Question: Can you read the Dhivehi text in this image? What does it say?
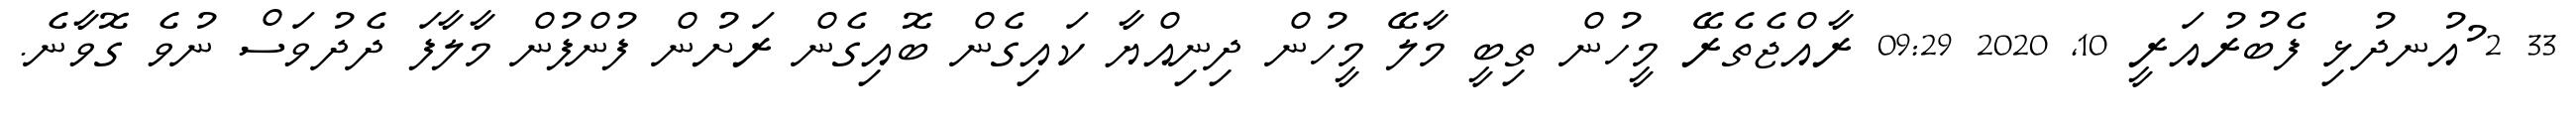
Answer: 33 2 ުއުނދުޅި ފެބުރުއަރީ 10, 2020 09:29 ރާއްޖެތެރޭ މީހުން ތިބީ މާލޭ މީހުން ދިނިއްޔާ ކައިގެން ބޮއިގެން ރަށުން ފުންފުން މާލާފަ ދެދުވަސް ނުވެ ގޮވާނެ.